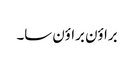
براؤن براؤن سا۔